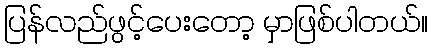
ပြန်လည်ဖွင့်ပေးတော့ မှာဖြစ်ပါတယ်။